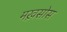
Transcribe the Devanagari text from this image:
मख़सोस